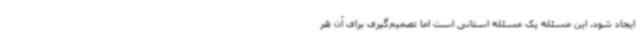
ایجاد شود. این مسئله یک مسئله استانی است اما تصمیم‌گیری برای آن هر